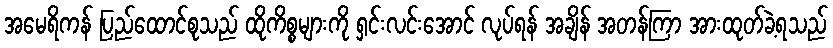
အမေရိကန် ပြည်ထောင်စုသည် ထိုကိစ္စများကို ရှင်းလင်းအောင် လုပ်ရန် အချိန် အတန်ကြာ အားထုတ်ခဲ့ရသည်